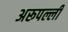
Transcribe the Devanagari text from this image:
अरूपल्ली